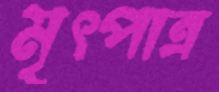
মৃৎপাত্র